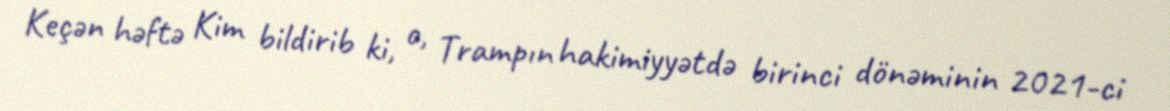
Keçən həftə Kim bildirib ki, o, Trampın hakimiyyətdə birinci dönəminin 2021-ci